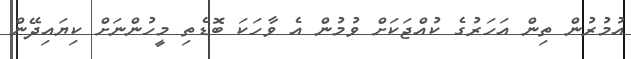
އުމުރުން ތިން އަހަރުގެ ކުއްޖަކަށް ވުމުން އެ ވާހަކަ ބޮޑެތި މީހުންނަށް ކިޔައިދޭން